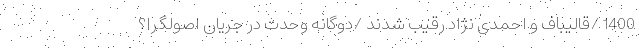
1400 /قالیباف و احمدی نژاد رقیب شدند /دوگانه وحدت در جریان اصولگرا؟